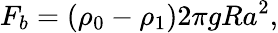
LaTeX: F_{b}=(\rho_{0}-\rho_{1})2\pi gRa^{2},